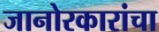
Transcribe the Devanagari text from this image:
जानोरकारांचा